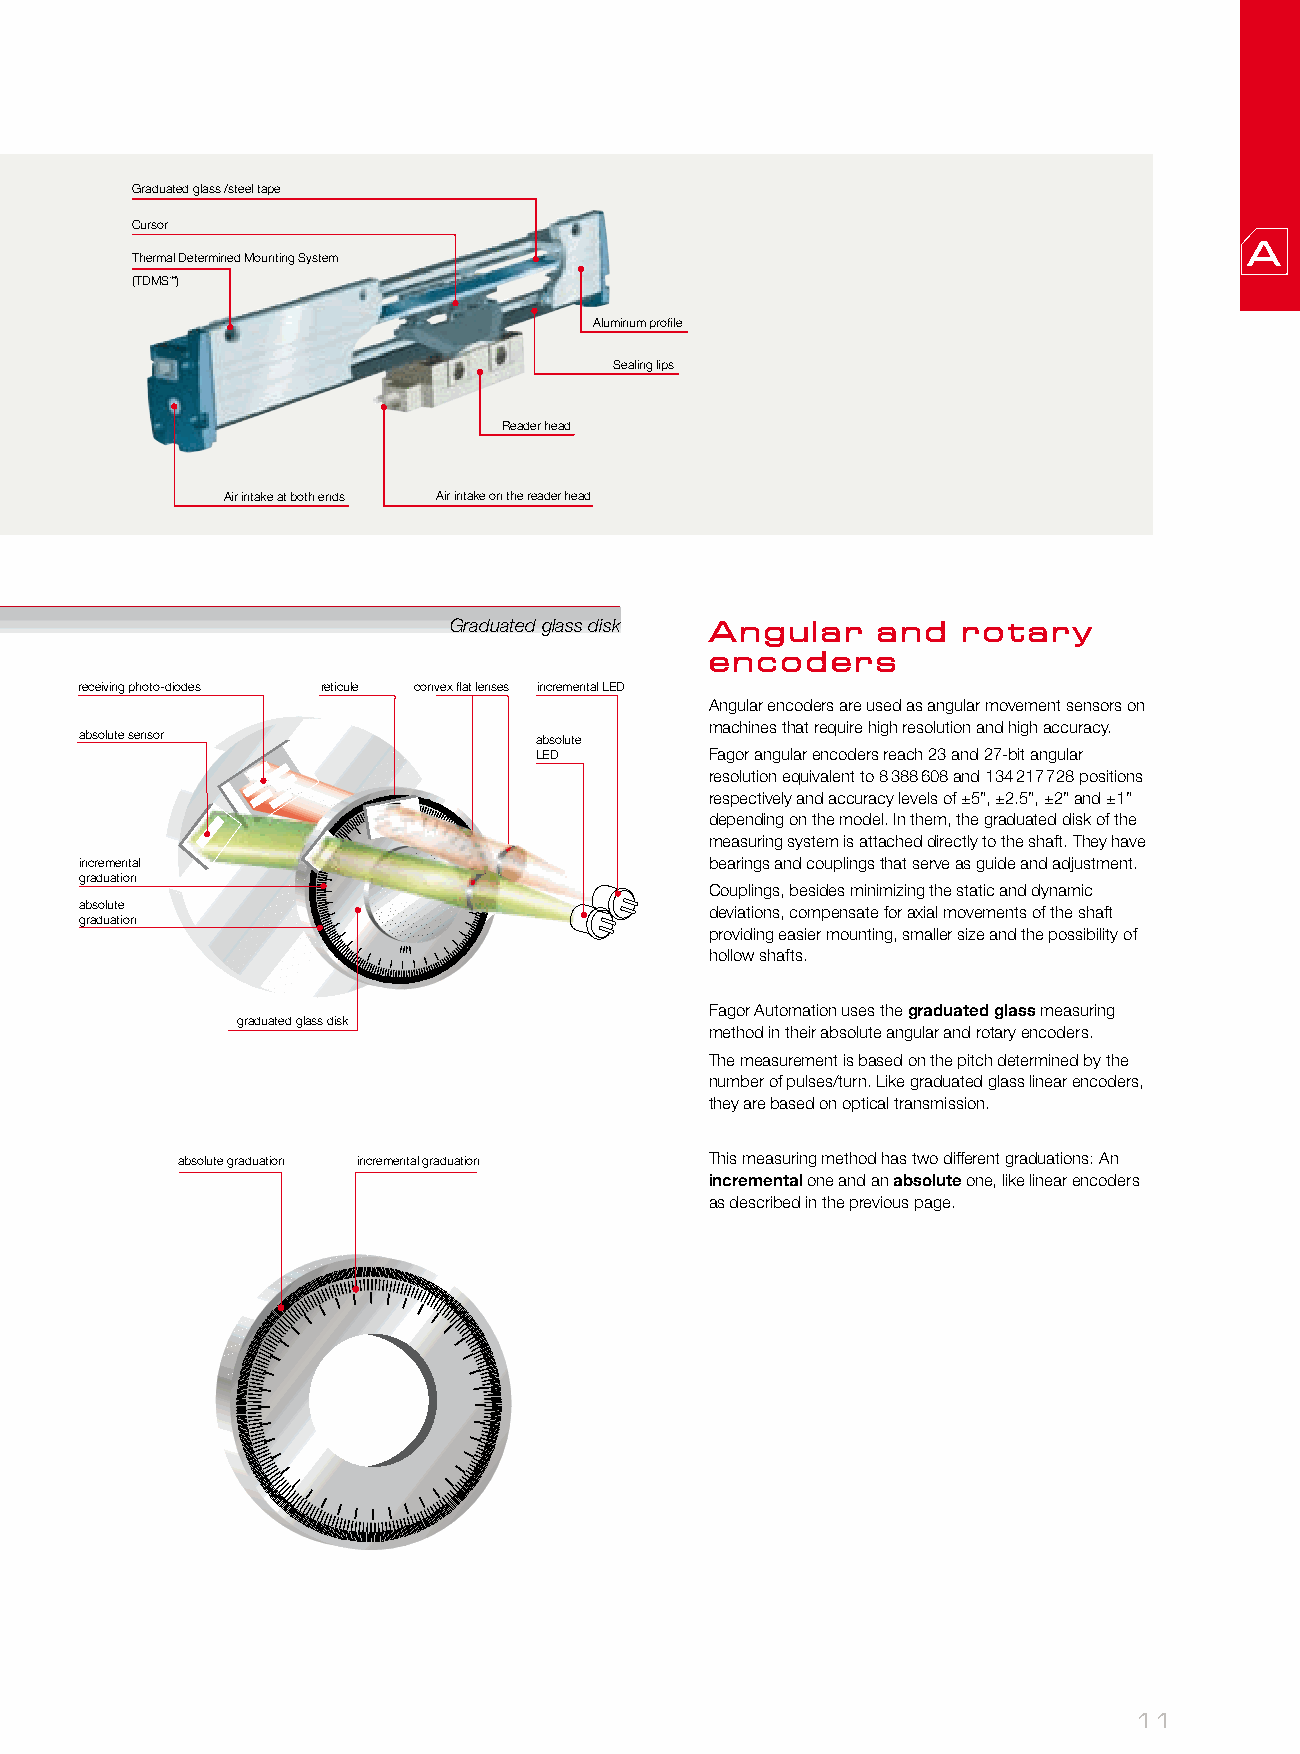
Graduated glass /steel tape
 Cursor
 Thermal Determined Mounting System
 (TDMS™)
 Aluminum profile
 Sealing lips
 Reader head
 Air intake at both ends Air intake on the reader head
 Graduated glass disk Angular and  rotary
 encoders
 receiving photo-diodes reticule convex flat lenses incremental LED
 Angular encoders are used as angular movement sensors on
 machines that require high resolution and high accuracy.
 absolute sensor               absolute
 LED         Fagor angular encoders reach 23 and 27-bit angular
 resolution equivalent to 8 388 608 and 134 217 728 positions
 respectively and accuracy levels of ±5”, ±2.5”, ±2” and ±1”
 depending on the model. In them, the graduated disk of the
 measuring system is attached directly to the shaft. They have
 incremental                               bearings and couplings that serve as guide and adjustment.
 graduation
 Couplings, besides minimizing the static and dynamic
 absolute                                  deviations, compensate for axial movements of the shaft
 graduation
 providing easier mounting, smaller size and the possibility of
 hollow shafts.
 Fagor Automation uses the graduated glass measuring
 graduated glass disk
 method in their absolute angular and rotary encoders.
 The measurement is based on the pitch determined by the
 number of pulses/turn. Like graduated glass linear encoders,
 they are based on optical transmission.
 absolute graduation incremental graduation This measuring method has two different graduations: An
 incremental one and an absolute one, like linear encoders
 as described in the previous page.
 11